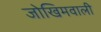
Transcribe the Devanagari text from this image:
जोखिमवाली